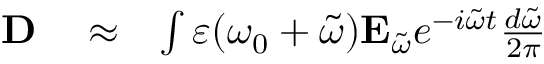
\begin{array} { r l r } { { \bf D } } & { { } \approx } & { \int \varepsilon ( \omega _ { 0 } + \tilde { \omega } ) { \bf E } _ { \tilde { \omega } } e ^ { - i \tilde { \omega } t } \frac { d \tilde { \omega } } { 2 \pi } } \end{array}